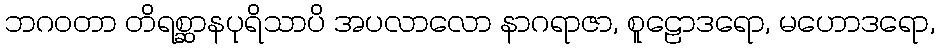
ဘဂဝတာ တိရစ္ဆာနပုရိသာပိ အပလာလော နာဂရာဇာ, စူဠောဒရော, မဟောဒရော,